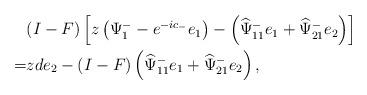
LaTeX: \begin{align*}\begin{aligned}&(I-F)\left[z\left(\Psi^{-}_1-e^{-ic_-}e_1\right)-\left(\widehat{\Psi}^-_{11} e_1+\widehat{\Psi}^-_{21} e_{2}\right)\right]\\=&zde_{2}-(I-F)\left(\widehat{\Psi}^-_{11} e_1+\widehat{\Psi}^-_{21} e_2\right),\end{aligned}\end{align*}